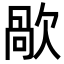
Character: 歄